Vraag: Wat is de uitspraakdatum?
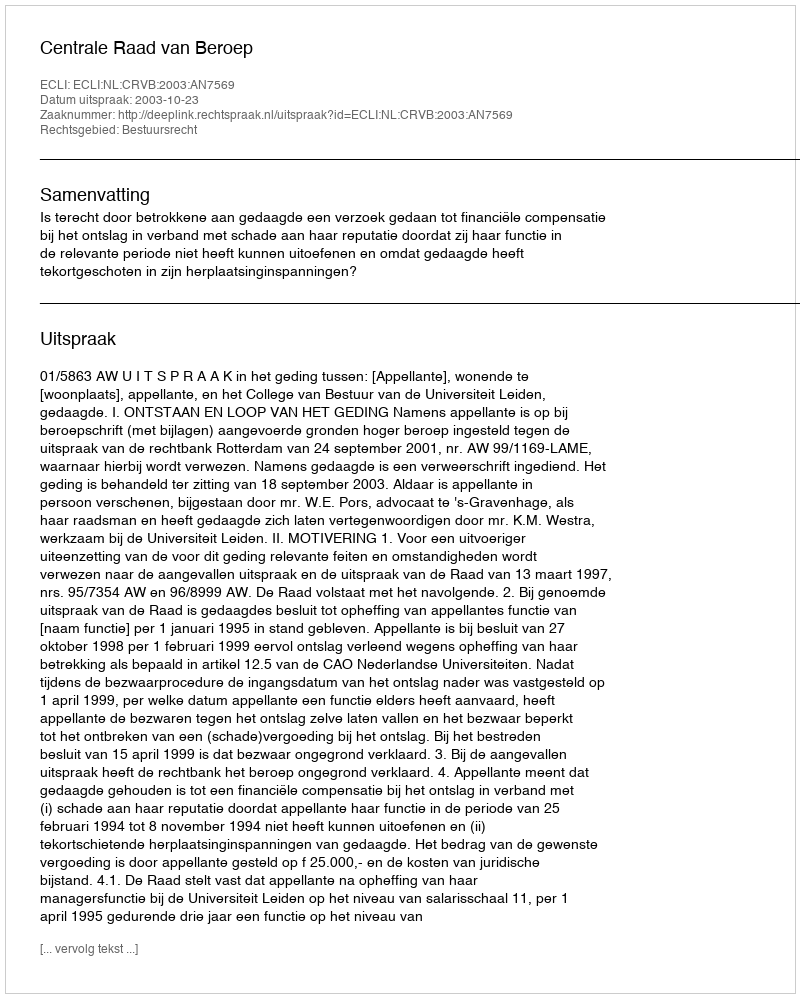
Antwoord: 2003-10-23